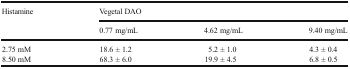
| <ROWSPAN=2> Histamine | <COLSPAN=3> Vegetal DAO |
 | 0.77 mg/mL | 4.62 mg/mL | 9.40 mg/mL |
 | --- | --- | --- | --- |
 | 2.75 mM | 18.6 ± 1.2 | 5.2 ± 1.0 | 4.3 ± 0.4 |
 | 8.50 mM | 68.3 ± 6.0 | 19.9 ± 4.5 | 6.8 ± 0.5 |